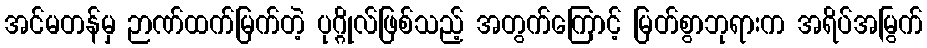
အင်မတန်မှ ဉာဏ်ထက်မြက်တဲ့ ပုဂ္ဂိုလ်ဖြစ်သည့် အတွက်ကြောင့် မြတ်စွာဘုရားက အရိပ်အမြွက်